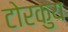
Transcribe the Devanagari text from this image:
टोरकुय